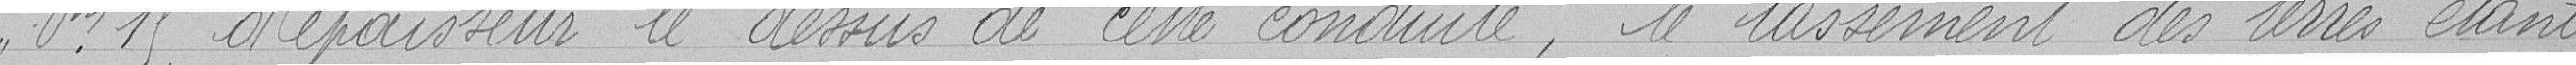
0,19 mètres d'épaisseur le dessus de cette conduite, le tassement des terres étant